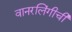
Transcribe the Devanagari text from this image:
वानरलिंगीची